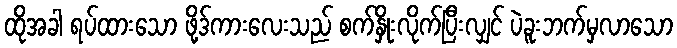
ထိုအခါ ရပ်ထားသော ဖို့ဒ်ကားလေးသည် စက်နှိုးလိုက်ပြီးလျှင် ပဲခူးဘက်မှလာသော